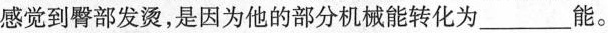
感觉到臀部发烫，是因为他的部分机械能转化为_____能。